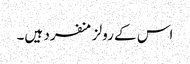
اس کے رولز منفرد ہیں۔